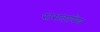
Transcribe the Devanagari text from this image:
रामतापिण